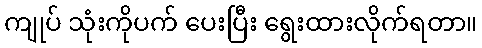
ကျုပ် သုံးကိုပက် ပေးပြီး ရွေးထားလိုက်ရတာ။